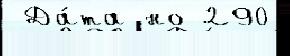
 Да́та но 290